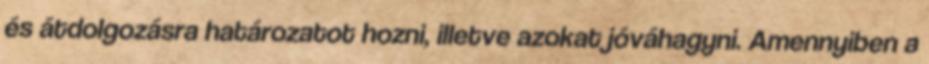
és átdolgozásra határozatot hozni, illetve azokat jóváhagyni. Amennyiben a